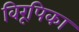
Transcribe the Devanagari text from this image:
विरूपिका